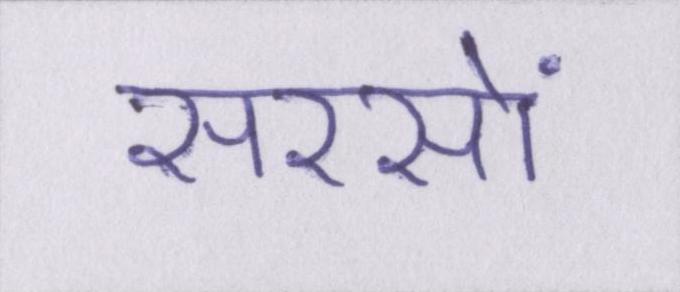
सरसों